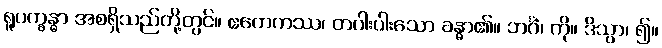
ရူပက္ခန္ဓာ အစရှိသည်တို့တွင်။ ဧကေကဿ၊ တပါးပါးသော ခန္ဓာ၏။ ဘင်္ဂံ၊ ကို။ ဒိသွာ၊ ၍။